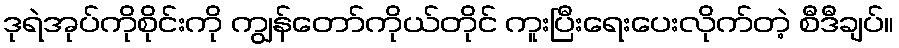
ဒုရဲအုပ်ကိုစိုင်းကို ကျွန်တော်ကိုယ်တိုင် ကူးပြီးရေးပေးလိုက်တဲ့ စီဒီချပ်။